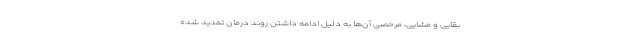
بقایی و مشایی، مرخصی آن‌ها به دلیل ادامه داشتن روند درمان تمدید شده